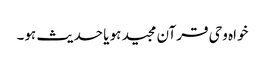
خواہ وحی قرآن مجید ہو یا حدیث ہو۔